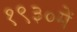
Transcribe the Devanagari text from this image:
१९३०में